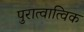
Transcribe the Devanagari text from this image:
पुरात्वात्विक